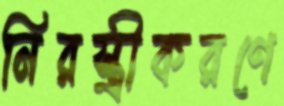
নিরস্ত্রীকরণে